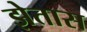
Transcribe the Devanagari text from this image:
झेतास